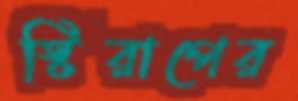
স্টিরাপের